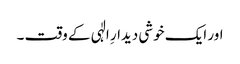
اور ایک خوشی دیدارِ الٰہی کے وقت ۔